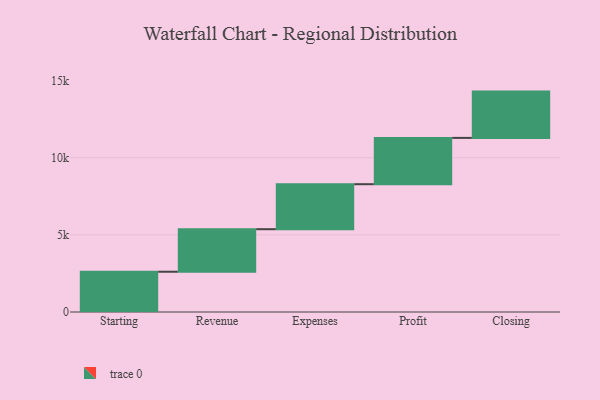
{"axis": {"x": "Step", "y": "Value"}, "legend": [""], "data": [{"x": "Starting", "y": 2609.0, "type": ""}, {"x": "Revenue", "y": 2756.0, "type": ""}, {"x": "Expenses", "y": 2916.0, "type": ""}, {"x": "Profit", "y": 3000, "type": ""}, {"x": "Closing", "y": 3000, "type": ""}]}